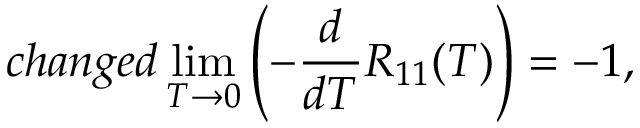
c h a n g e d \operatorname * { l i m } _ { T \to 0 } \left( - \frac { d } { d T } R _ { 1 1 } ( T ) \right) = - 1 ,